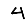
Digit: 4